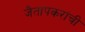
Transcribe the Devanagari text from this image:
जैतापकरांची